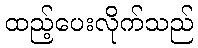
ထည့်ပေးလိုက်သည်